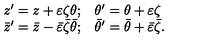
\begin{array} { l l } { z ^ { \prime } = z + \varepsilon \zeta \theta ; } & { \theta ^ { \prime } = \theta + \varepsilon \zeta } \\ { \bar { z } ^ { \prime } = \bar { z } - \bar { \varepsilon } \bar { \zeta } \bar { \theta } ; } & { \bar { \theta } ^ { \prime } = \bar { \theta } + \bar { \varepsilon } \bar { \zeta } . } \\ \end{array}